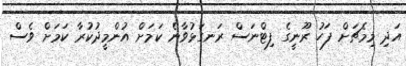
އަދި މިމެޗަށް ފަހު ރޫނީގެ ފިޓްނަސް ރަނގަޅުވާނެ ކަމަށް އުންމީދުކުރާ ކަމަށް ވެސް